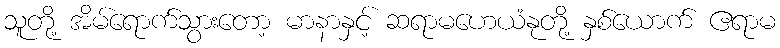
သူတို့ အိမ်ရောက်သွားတော့ မာနာနှင့် ဆရာမဟေယံနုတို့ နှစ်ယောက် ဧရာမ